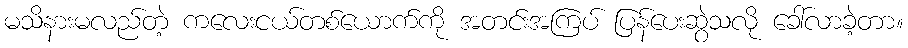
မသိနားမလည်တဲ့ ကလေးငယ်တစ်ယောက်ကို အတင်းအကြပ် ပြန်ပေးဆွဲသလို ခေါ်လာခဲ့တာ။